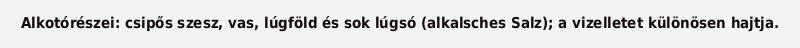
Alkotórészei: csipős szesz, vas, lúgföld és sok lúgsó (alkalsches Salz); a vizelletet különösen hajtja.